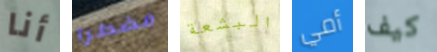
أنا مضطرا البشعة أمي كيف